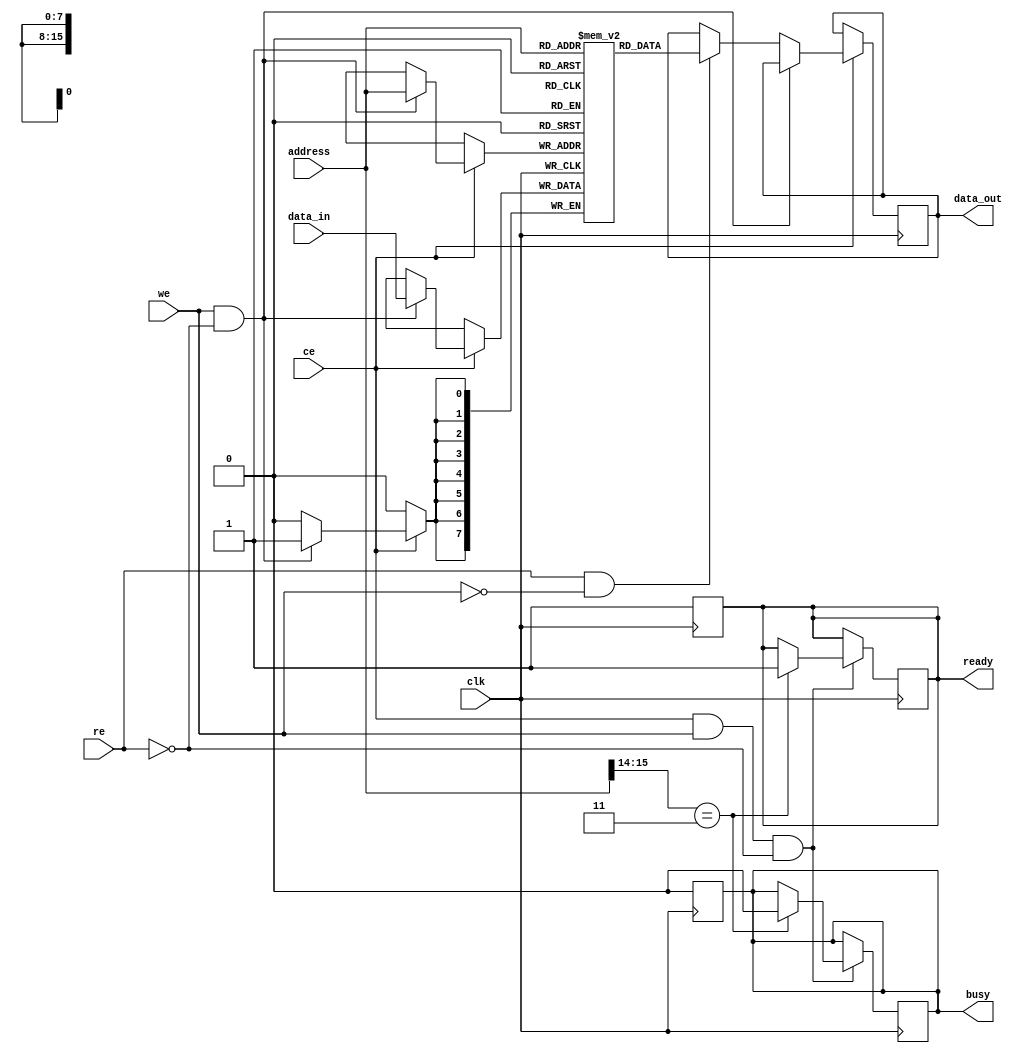
module nand_eeprom_io (
    input wire clk,              // Clock signal
    input wire ce,               // Chip Enable
    input wire we,               // Write Enable
    input wire re,               // Read Enable
    input wire [7:0] data_in,    // Data input (8-bit)
    output reg [7:0] data_out,    // Data output (8-bit)
    input wire [15:0] address,    // Address input (16-bit)
    output reg busy,              // Busy status signal
    output reg ready              // Ready status signal
);

    reg [7:0] memory [0:65535];   // Memory array (64KB)
    reg [7:0] temp_data;           // Temporary data storage for read/write

    // State machine for read/write operations
    always @(posedge clk) begin
        if (ce) begin
            busy <= 1'b1;          // Set busy when chip is enabled
            ready <= 1'b0;         // Clear ready signal

            if (we && !re) begin   // Write operation
                memory[address] <= data_in; // Write data to memory
                temp_data <= data_in;        // Store written data temporarily
            end else if (re && !we) begin // Read operation
                data_out <= memory[address]; // Read data from memory
                temp_data <= data_out;        // Store read data temporarily
            end

            // Indicate operation completion
            busy <= 1'b0;          // Clear busy signal
            ready <= 1'b1;         // Set ready signal
        end else begin
            busy <= 1'b0;          // Clear busy if chip is not enabled
            ready <= 1'b1;         // Set ready signal
        end
    end

    // Optional: Add protection mechanism for write operations
    always @(posedge clk) begin
        if (ce && we && !re) begin
            // Example protection logic (could be more complex)
            if (address[15:14] == 2'b11) begin // Protect certain memory blocks
                // Do not write to this block
                busy <= 1'b0;
                ready <= 1'b1;
            end
        end
    end

endmodule